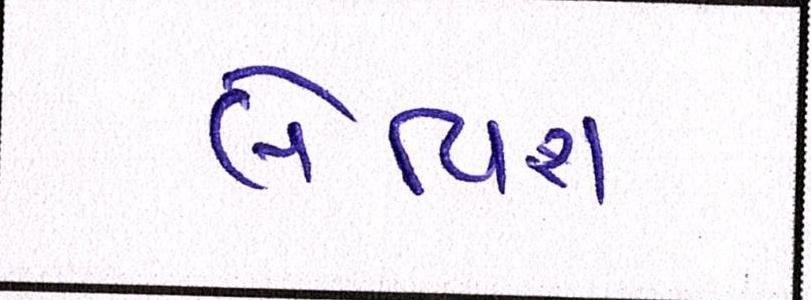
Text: લેવિશ